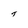
Character: t